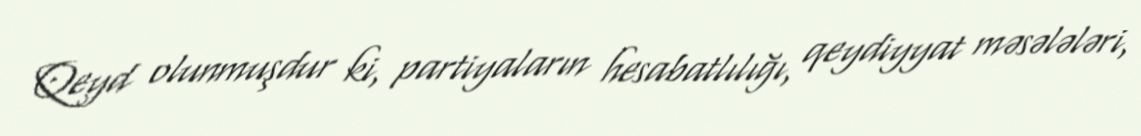
Qeyd olunmuşdur ki, partiyaların hesabatlılığı, qeydiyyat məsələləri,